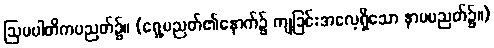
ဩပပါတိကပညတ်၌။ (ရှေ့ပညတ်၏နောက်၌ ကျခြင်းအလေ့ရှိသော နာမပညတ်၌။)